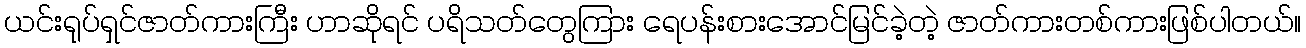
ယင်းရုပ်ရှင်ဇာတ်ကားကြီး ဟာဆိုရင် ပရိသတ်တွေကြား ရေပန်းစားအောင်မြင်ခဲ့တဲ့ ဇာတ်ကားတစ်ကားဖြစ်ပါတယ်။